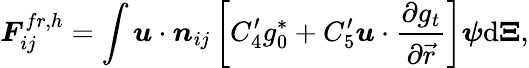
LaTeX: \boldsymbol{F}_{ij}^{fr,h}=\int\boldsymbol{u}\cdot\boldsymbol{n}_{ij}\left[C_{4}^{\prime}g_{0}^{\ast}+C_{5}^{\prime}\boldsymbol{u}\cdot\frac{\partial g_{t}}{\partial\vec{r}}\right]\boldsymbol{\psi}\mathrm{{d}}\boldsymbol{\Xi},